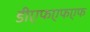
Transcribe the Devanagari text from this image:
डीएफएफएफ